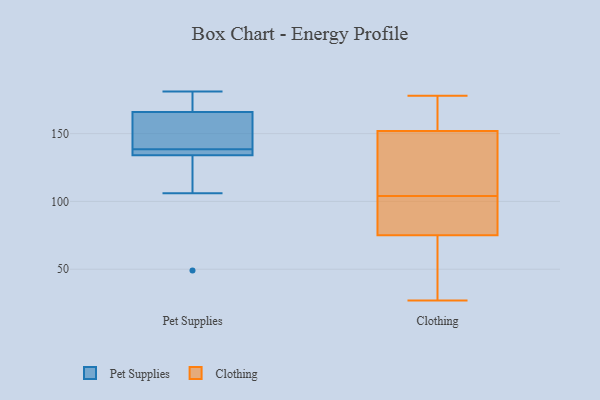
{"axis": {"x": "Waste Production (Tons)", "y": "Value"}, "legend": ["Clothing", "Pet Supplies"], "data": [{"x": "", "y": 140, "type": "Pet Supplies"}, {"x": "", "y": 176, "type": "Pet Supplies"}, {"x": "", "y": 49, "type": "Pet Supplies"}, {"x": "", "y": 134, "type": "Pet Supplies"}, {"x": "", "y": 135, "type": "Pet Supplies"}, {"x": "", "y": 142, "type": "Pet Supplies"}, {"x": "", "y": 181, "type": "Pet Supplies"}, {"x": "", "y": 166, "type": "Pet Supplies"}, {"x": "", "y": 137, "type": "Pet Supplies"}, {"x": "", "y": 106, "type": "Pet Supplies"}, {"x": "", "y": 101, "type": "Clothing"}, {"x": "", "y": 153, "type": "Clothing"}, {"x": "", "y": 58, "type": "Clothing"}, {"x": "", "y": 158, "type": "Clothing"}, {"x": "", "y": 162, "type": "Clothing"}, {"x": "", "y": 178, "type": "Clothing"}, {"x": "", "y": 27, "type": "Clothing"}, {"x": "", "y": 99, "type": "Clothing"}, {"x": "", "y": 107, "type": "Clothing"}, {"x": "", "y": 138, "type": "Clothing"}, {"x": "", "y": 77, "type": "Clothing"}, {"x": "", "y": 91, "type": "Clothing"}, {"x": "", "y": 50, "type": "Clothing"}, {"x": "", "y": 152, "type": "Clothing"}, {"x": "", "y": 49, "type": "Clothing"}, {"x": "", "y": 107, "type": "Clothing"}, {"x": "", "y": 75, "type": "Clothing"}, {"x": "", "y": 140, "type": "Clothing"}]}